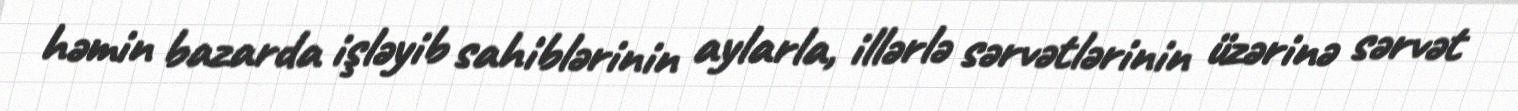
həmin bazarda işləyib sahiblərinin aylarla, illərlə sərvətlərinin üzərinə sərvət